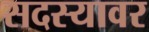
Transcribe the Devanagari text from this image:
सदस्यावर